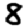
Digit: 8